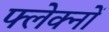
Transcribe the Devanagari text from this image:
फ्लेक्नों